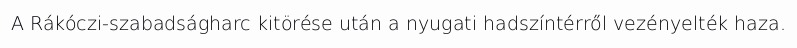
A Rákóczi-szabadságharc kitörése után a nyugati hadszíntérről vezényelték haza.